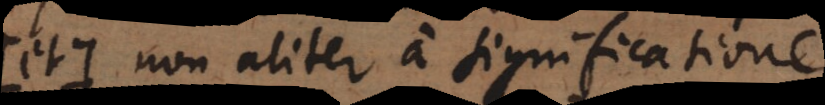
(et) non aliter a significatione